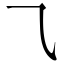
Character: ⺄